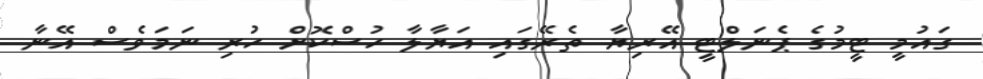
ގައުމީ ޓީމުގެ ޕެނަލްޓީ އޭރިޔާ ތެރޭގައި އަޔާލާ ހުސްކޮށް ހުރި ނަމަވެސް އޭނާ